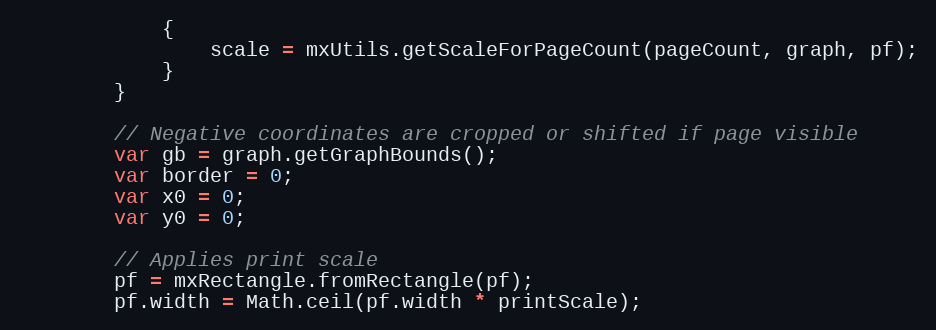
Language: JavaScript
			{
				scale = mxUtils.getScaleForPageCount(pageCount, graph, pf);
			}
		}

		// Negative coordinates are cropped or shifted if page visible
		var gb = graph.getGraphBounds();
		var border = 0;
		var x0 = 0;
		var y0 = 0;

		// Applies print scale
		pf = mxRectangle.fromRectangle(pf);
		pf.width = Math.ceil(pf.width * printScale);